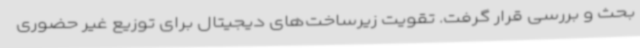
بحث و بررسی قرار گرفت. تقویت زیرساخت‌های دیجیتال برای توزیع غیر حضوری